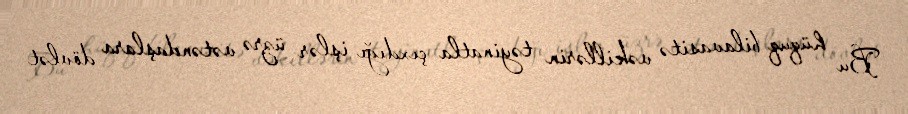
Bu hüquq bilavasitə vəkillərin təyinatla çıxdığı işlər üzrə vətəndaşlara dövlət